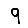
Digit: 9